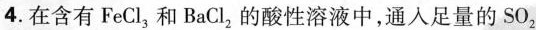
4.在含有FeCl_{3}，和BaCl_{2}的酸性溶液中，通人足量的SO_{2}